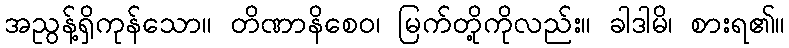
အညွန့်ရှိကုန်သော။ တိဏာနိစေဝ၊ မြက်တို့ကိုလည်း။ ခါဒါမိ၊ စားရ၏။